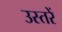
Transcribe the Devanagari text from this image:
उस्तरें